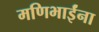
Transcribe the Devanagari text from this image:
मणिभाईंना